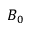
B _ { 0 }